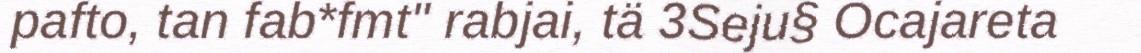
pafto, tan fab*fmt" rabjai, tä 3Seju§ Ocajareta